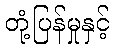
တုံ့ပြန်မှုနှင့်